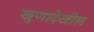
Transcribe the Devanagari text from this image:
खुणादेखील